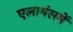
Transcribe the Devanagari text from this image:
एलायंसमें